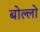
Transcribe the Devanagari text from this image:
बोल्लो